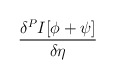
\begin{align*}\frac{\delta ^{P}I[\phi +\psi ]}{\delta \eta }\end{align*}